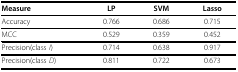
| Measure | LP | SVM | Lasso |
 | --- | --- | --- | --- |
 | Accuracy | 0.766 | 0.686 | 0.715 |
 | MCC | 0.529 | 0.359 | 0.452 |
 | Precision(class I) | 0.714 | 0.638 | 0.917 |
 | Precision(class D) | 0.811 | 0.722 | 0.673 |